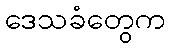
ဒေသခံတွေက